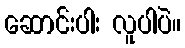
ဆောင်းပါး လူပါပဲ။